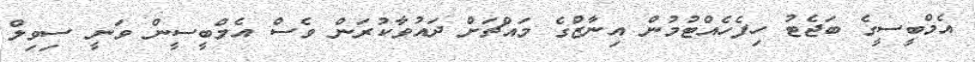
އެމްބީސީގެ ބަޖެޓު ހިފެހެއްޓުމުން އިނާޒްގެ މައްޗަށް ދައުވާކުރަން ވެސް އެމްބީސީން ވަނީ ސިވިލް